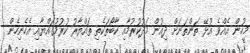
މީހުން އެއްވެ އުޅޭ ތަންތަނަށް ދިއުން މަދުކުރުމާއި ކާބޯތަކެތި ތައްޔާރު ކުރުމުގައްޔާއި އެހެނިހެން